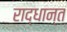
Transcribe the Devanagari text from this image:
राद्धान्त